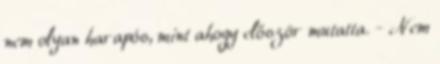
nem olyan harapós, mint ahogy először mutatta. - Nem